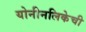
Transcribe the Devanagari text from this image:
योनीनलिकेची